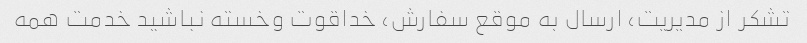
تشکر از مدیریت، ارسال به موقع سفارش، خداقوت وخسته نباشید خدمت همه